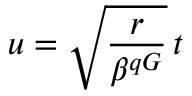
u = \sqrt { \frac { r } { \beta ^ { q G } } } \, t